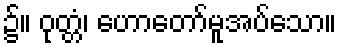
၌။ ဝုတ္တံ၊ ဟောတော်မူအပ်သော။